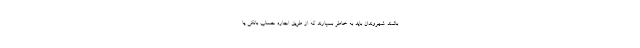
باشند. شهروندان باید به خاطر بسپارند که از طریق اجاره حساب بانکی یا